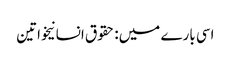
اسی بارے میں: حقوق انسانیخواتین